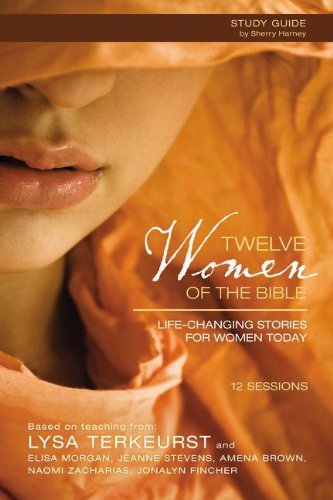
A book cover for Twelve Women of the Bible Study Guide with DVD: Life-Changing Stories for Women Today; Lysa TerKeurst; Christian Books & Bibles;